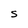
Character: S